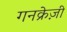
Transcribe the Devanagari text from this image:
गनक्रेज़ी